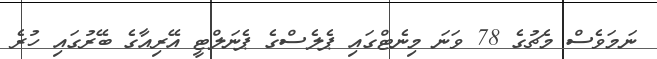
ނަމަވެސް މެޗުގެ 78 ވަނަ މިނެޓްގައި ޕެލެސްގެ ޕެނަލްޓީ އޭރިއާގެ ބޭރުގައި ހުރެ